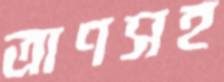
ত্রাণসহ